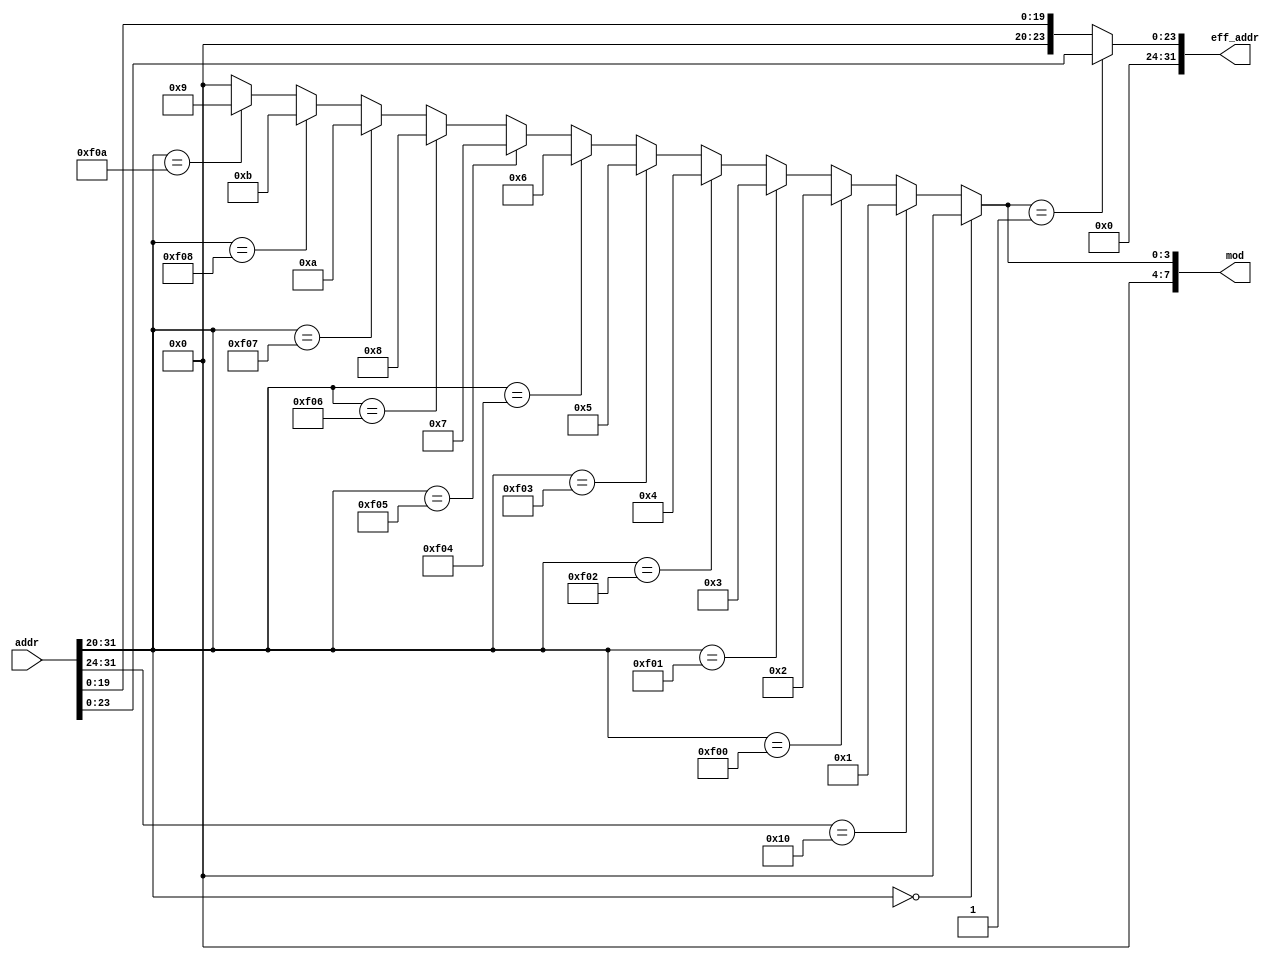
/*
    Copyright 2010 David Fritz, Brian Gordon, Wira Mulia

    This program is free software: you can redistribute it and/or modify
    it under the terms of the GNU General Public License as published by
    the Free Software Foundation, either version 3 of the License, or
    (at your option) any later version.

    This program is distributed in the hope that it will be useful,
    but WITHOUT ANY WARRANTY; without even the implied warranty of
    MERCHANTABILITY or FITNESS FOR A PARTICULAR PURPOSE.  See the
    GNU General Public License for more details.

    You should have received a copy of the GNU General Public License
    along with this program.  If not, see <http://www.gnu.org/licenses/>.

 */


/*
David Fritz

memory map module

*/

/* the memory map is as follows:

0x00000000      512             bootloader ROM
0x10000000	16777216	SRAM
0xf0000000      16              UART
0xf0100000      4               switches
0xf0200000      4               leds
0xf0300000	12		gpio
0xf0400000	8		VGA
0xf0500000      8               PLPID
0xf0600000      4               timer
0xf0700000      8               interrupt controller
0xf0800000 	?		pmc hardware
0xf0a00000	4		sseg
*/



module mm(addr, mod, eff_addr);
	input [31:0] addr; /* word aligned base address */
	output [7:0] mod; /* the module */
	output [31:0] eff_addr; /* effective address */

	assign mod = (addr[31:20] == 12'h000) ? 0 : /* mod_rom */
		     (addr[31:24] ==   8'h10) ? 1 : /* mod_ram */
		     (addr[31:20] == 12'hf00) ? 2 : /* mod_uart */
		     (addr[31:20] == 12'hf01) ? 3 : /* mod_switches */
		     (addr[31:20] == 12'hf02) ? 4 : /* mod_leds */
		     (addr[31:20] == 12'hf03) ? 5 : /* mod_gpio */
		     (addr[31:20] == 12'hf04) ? 6 : /* mod_vga */
		     (addr[31:20] == 12'hf05) ? 7 : /* mod_plpid */
		     (addr[31:20] == 12'hf06) ? 8 : /* mod_timer */
		     (addr[31:20] == 12'hf07) ? 10 : /* mod_interrupt */
		     (addr[31:20] == 12'hf08) ? 11 : /* mod_pmc */
		     (addr[31:20] == 12'hf0a) ? 9 : /* mod_sseg */
		     0;
	assign eff_addr = (mod == 8'h01) ? {8'h00,addr[23:0]} : {12'h000,addr[19:0]};
endmodule